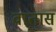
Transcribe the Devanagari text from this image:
वातास